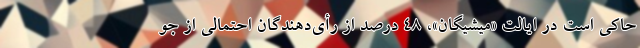
حاکی است در ایالت «میشیگان»، ۴۸ درصد از رأی‌دهندگان احتمالی از جو